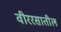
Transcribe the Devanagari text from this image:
वीररसातील